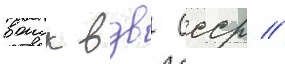
воиск вдв ссср //